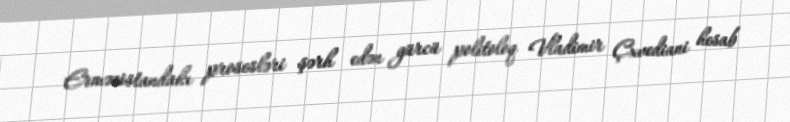
Ermənistandakı prosesləri şərh edən gürcü politoloq Vladimir Çxvediani hesab